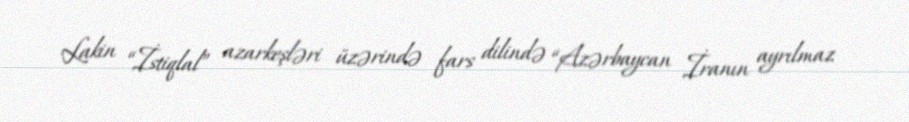
Lakin “İstiqlal” azarkeşləri üzərində fars dilində “Azərbaycan İranın ayrılmaz